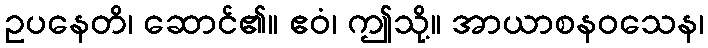
ဥပနေတိ၊ ဆောင်၏။ ဧဝံ၊ ဤသို့။ အာယာစနဝသေန၊